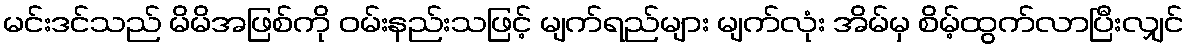
မင်းဒင်သည် မိမိအဖြစ်ကို ဝမ်းနည်းသဖြင့် မျက်ရည်များ မျက်လုံး အိမ်မှ စိမ့်ထွက်လာပြီးလျှင်